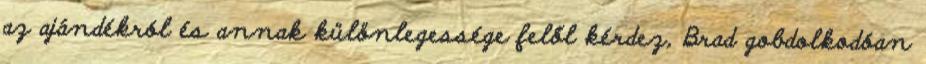
az ajándékról és annak különlegessége felől kérdez, Brad gobdolkodóan